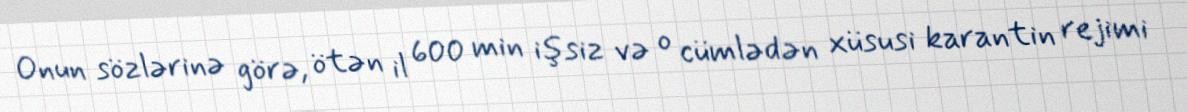
Onun sözlərinə görə, ötən il 600 min işsiz və o cümlədən xüsusi karantin rejimi